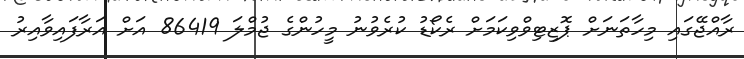
ރާއްޖޭގައި މިހާތަނަށް ޕޮޒިޓިވްވިކަމަށް ރެކޯޑު ކުރެވުނު މީހުންގެ ޖުމްލަ 86419 އަށް އަރާފައިވާއިރު